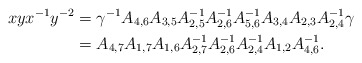
\begin{align*}xyx^{-1}y^{-2} &= \gamma^{-1} A_{4,6} A_{3,5} A_{2,5}^{-1} A_{2,6}^{-1} A_{5,6}^{-1} A_{3,4} A_{2,3} A_{2,4}^{-1} \gamma\\&= A_{4,7} A_{1,7} A_{1,6}A_{2,7}^{-1}A_{2,6}^{-1}A_{2,4}^{-1}A_{1,2}A_{4,6}^{-1}.\end{align*}